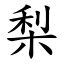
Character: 梨